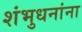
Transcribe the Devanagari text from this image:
शंभुधनांना